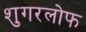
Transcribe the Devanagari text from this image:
शुगरलोफ